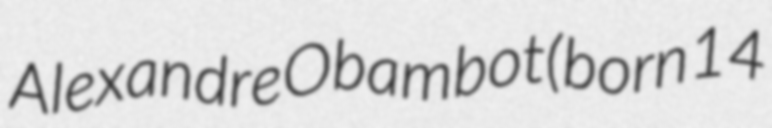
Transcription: Alexandre Obambot (born 14